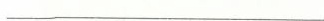
___